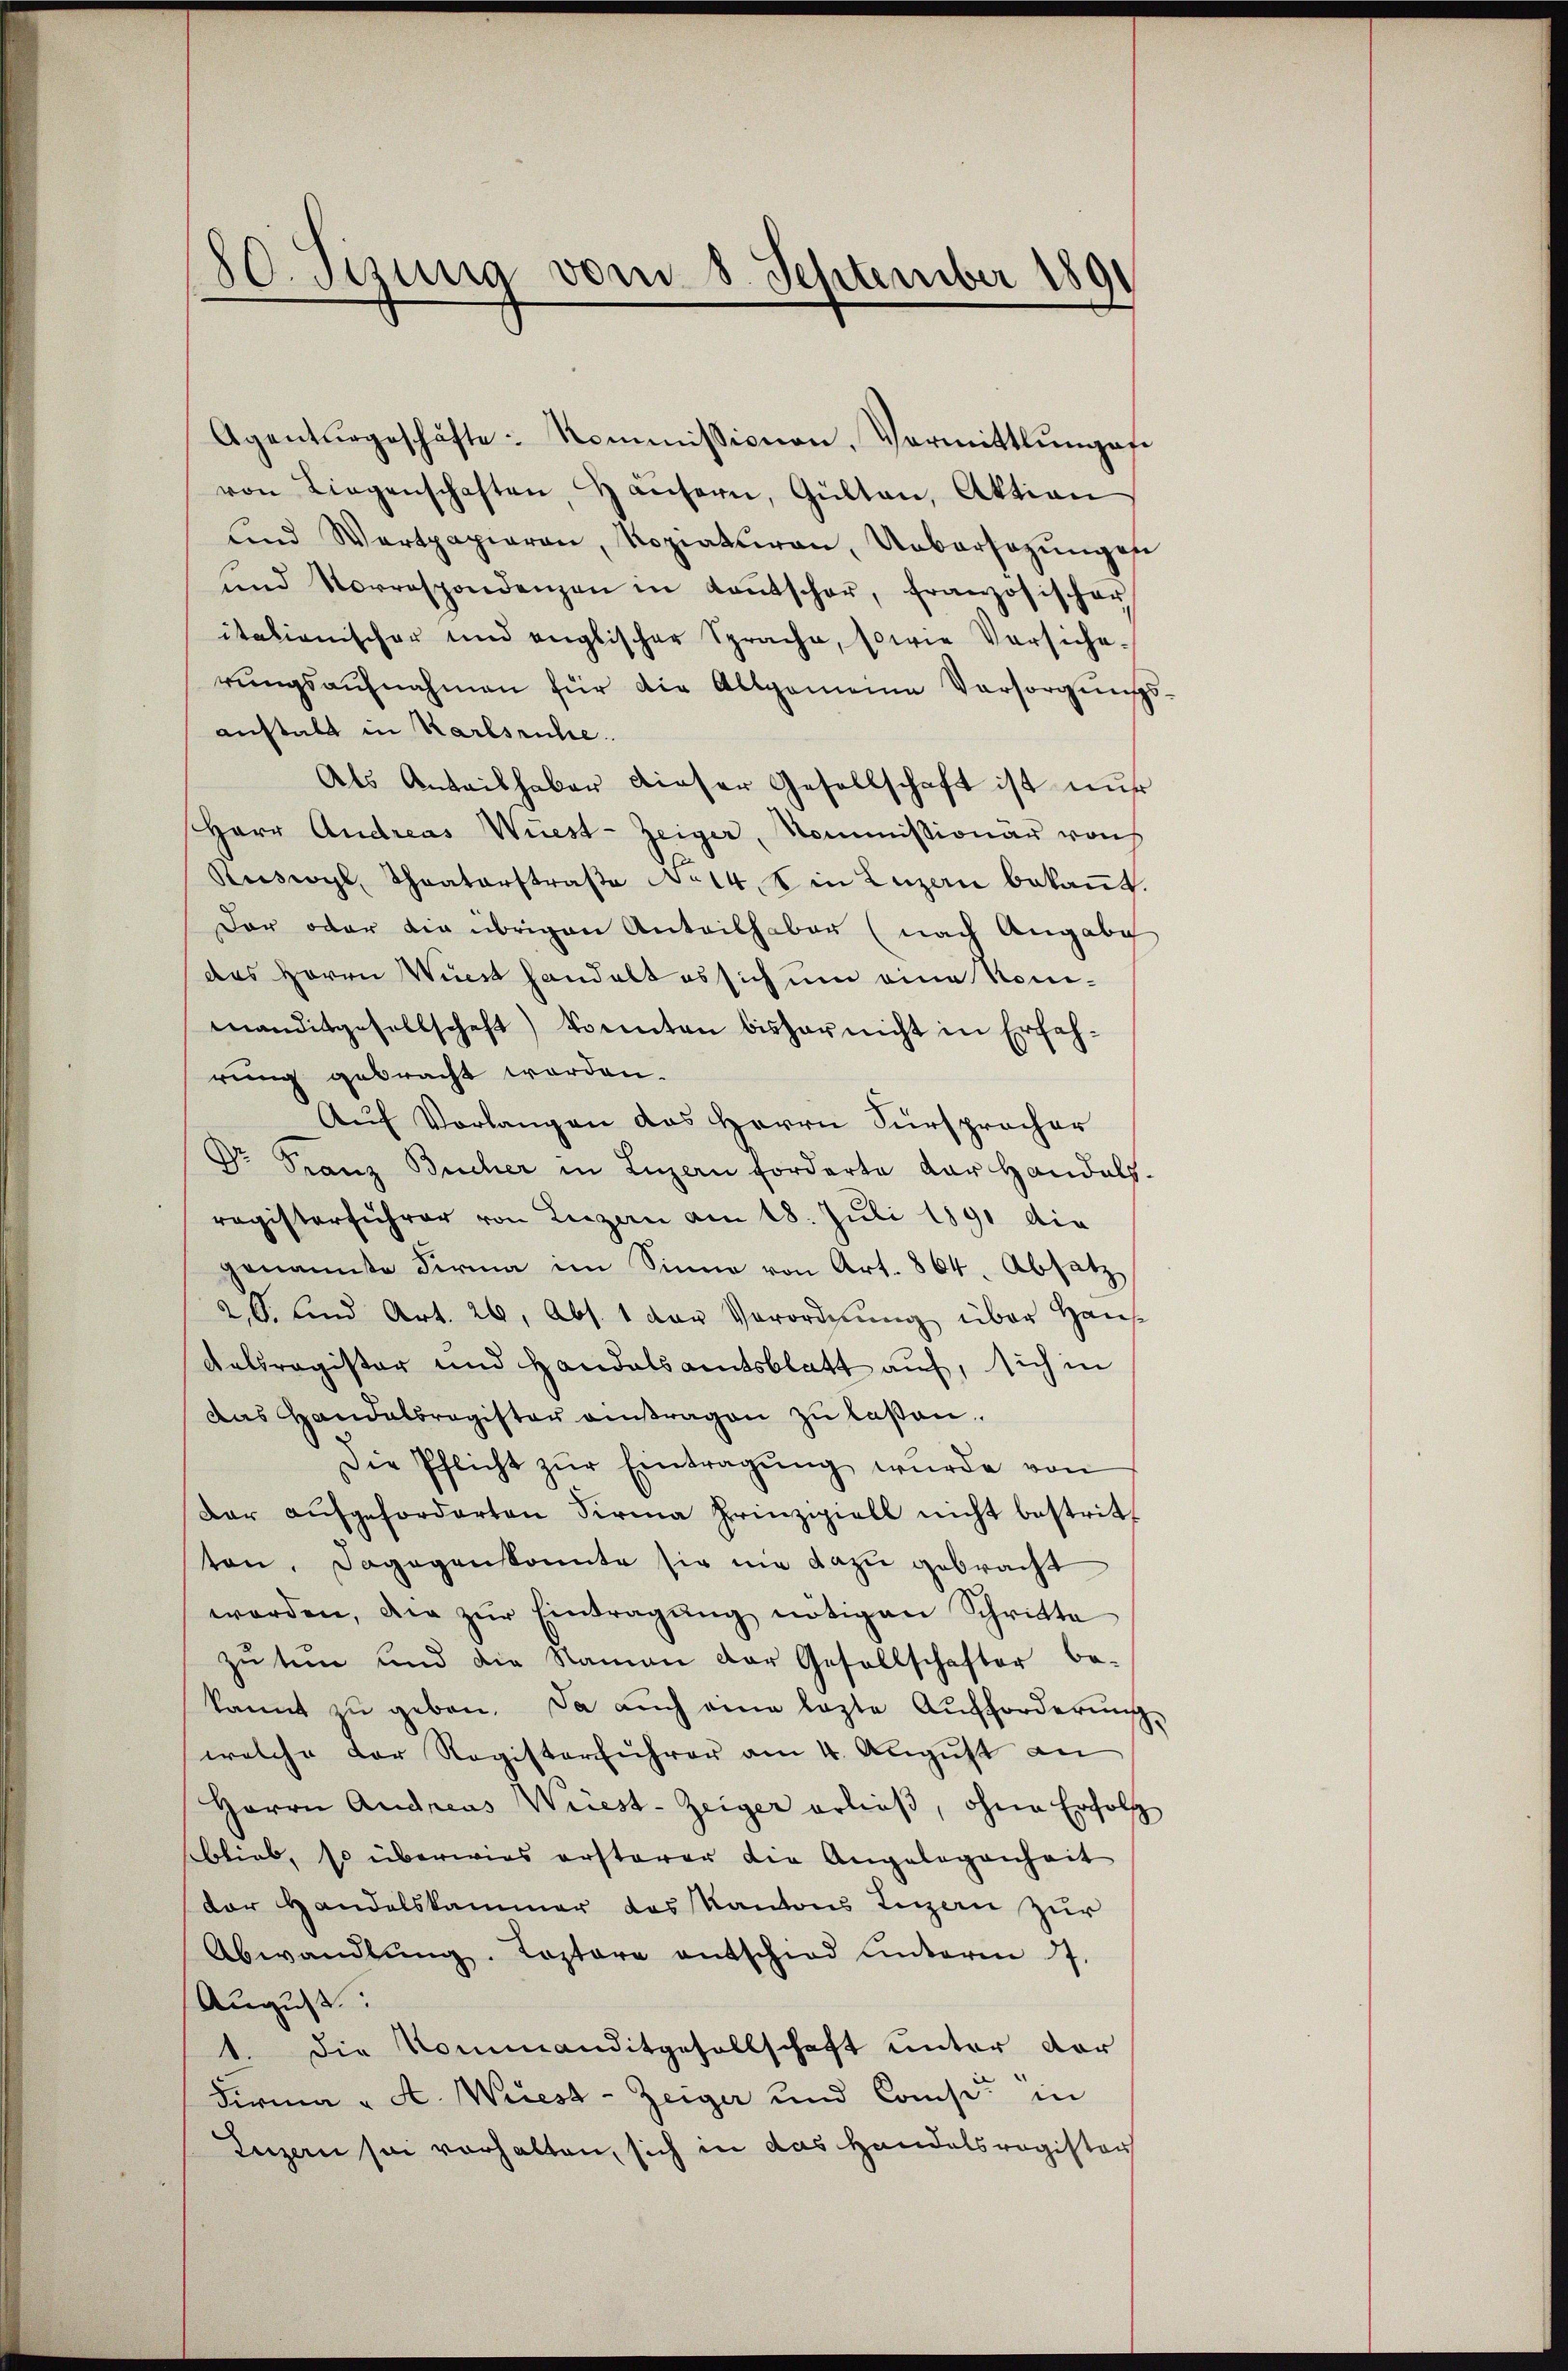
80. Sizung vom 8. September 1890

Agenturgeschäfte Kommissionen, Vormittlŭngese
von Liegenschaften, Häŭsern, Gülten, Aktion
und Wertpapieren, Roziaturen, Uebersezungen
und Vorrespondenzen in Kaŭtscher, französischer
itationischer und englischer Sprache, sowie Versiche-
rŭngsaŭfnahmen für die Allgemeine Versorgŭngs-
anstalt in Karlsruhe.
Als Anteilhaber dieser Gesellschaft ist nur
Herr Andreas Wüest - Zeiger, Kommissionär von
Ruswyl, Theaterstraße No 14. ein Luzern bekaṅt.
Der oder die übrigen Anteilhaber (nach Angabe
des Herrn Wirst handelt es sich um eine Nomimanditgesellschaft) konnten bisher nicht in Erfahrung gebracht worden.
Auf Vorlangen das Herrn Fürsprocher
Dr. Franz Bucher in Luzern forderte dar Handals
registerführer von Luzern am 18. Juli 1891 die
genannte Firma im Sinne von Art. 864. Absatz
2,S. und Art. 26. Abs. 1 der Verordnŭng über Haus-
Kaldragister und Handelsamtsblatt auf, sich in
Das Handelbragister antragen zu laßen.
Die Pflicht zŭr Eintragŭng wurde von
dar aufgeforderten Sirma Prinziell nicht bestritton, dagegen konnte sie nie dazu gebracht
worden, die zŭr Eintragŭng nötigen Schritte
zu tun und die Namen der Gesellschafter be-
kannt zŭ geben. Da auch eine lezte Aufforderŭng
welche der Registerführer am 4. August an
Herrn Andreas Weiest-Zeiger erließ, ohne Erfolg
blieb, so überwies ersterer die Angelegenheit
der Handelskammer das Kantons Luzern zur
Abwandlŭng. Loptere entschied unterm 17.
August
1. Die Kommanditgesellschaft unter dor
Firma „ A. Weiest - Zeiger und Consis in
Luzern sei vorhalten, sich in das Handelsregister